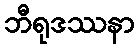
ဘီရုဒဿနာ